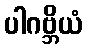
ပါဂဗ္ဘိယံ